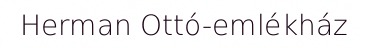
Herman Ottó-emlékház